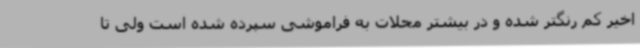
اخیر کم رنگتر شده و در بیشتر محلات به فراموشی سپرده شده است ولی تا